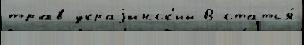
трав украjинск'ий В статья́